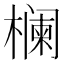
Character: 𱤚